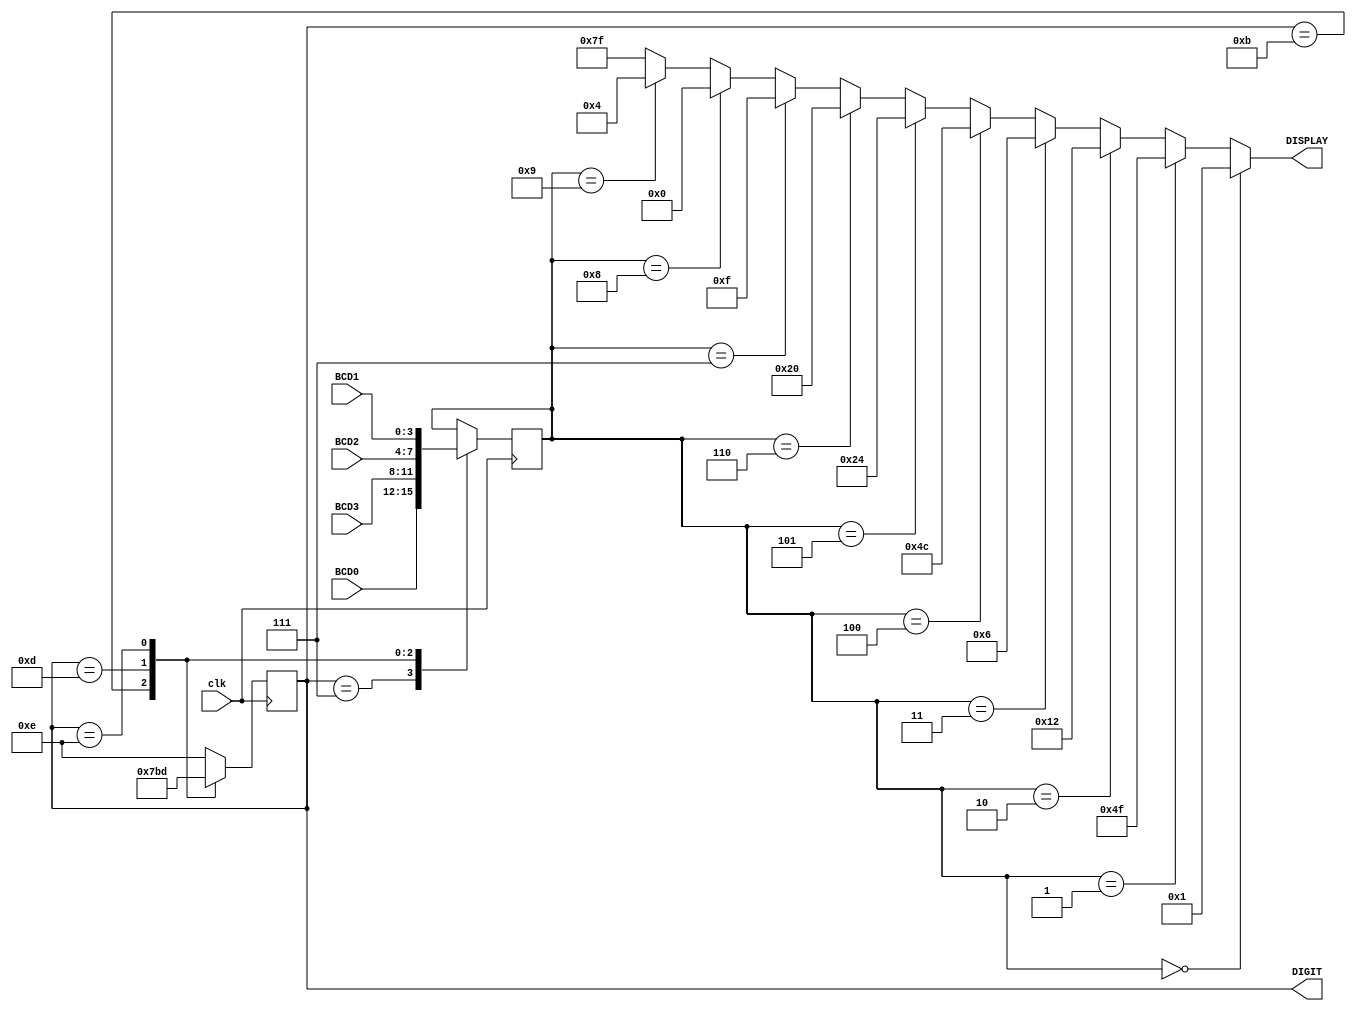
module LED7SEG(DIGIT, DISPLAY, clk, BCD3, BCD2, BCD1, BCD0
    );
input clk;
input [3:0] BCD3;
input [3:0] BCD2;
input [3:0] BCD1;
input [3:0] BCD0;
output reg [3:0] DIGIT;
output [6:0] DISPLAY;
reg [3:0] value;

	always @ ( posedge clk) begin	
		case(DIGIT) 
			4'b0111: begin
			    value = BCD0;
				DIGIT <= 4'b1110;
			end
			4'b1011: begin
			    value = BCD3;
				DIGIT <= 4'b0111;
			end
			4'b1101: begin
				value = BCD2;
				DIGIT <= 4'b1011;
			end
			4'b1110: begin
				value = BCD1;
				DIGIT <= 4'b1101;
			end
			default begin
				DIGIT <= 4'b1110;
			end
		endcase	
	end

	assign DISPLAY = (value==4'd0) ? 7'b0000001 :
						(value==4'd1) ? 7'b1001111 :
						(value==4'd2) ? 7'b0010010 :
						(value==4'd3) ? 7'b0000110 :
						(value==4'd4) ? 7'b1001100 :
						(value==4'd5) ? 7'b0100100 :
						(value==4'd6) ? 7'b0100000 :
						(value==4'd7) ? 7'b0001111 :
						(value==4'd8) ? 7'b0000000 : 
						(value==4'd9) ? 7'b0000100 :
                 						7'b1111111;


endmodule